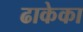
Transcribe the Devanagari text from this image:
ढाकेका